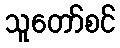
သူတော်စင်